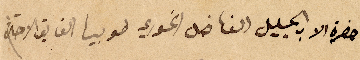
حضرة الاب الجليل الفاضل الخوري طوبيا الفايق الاحترام